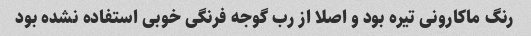
رنگ ماکارونی تیره بود و اصلا از رب گوجه فرنگی خوبی استفاده نشده بود